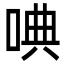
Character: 唺